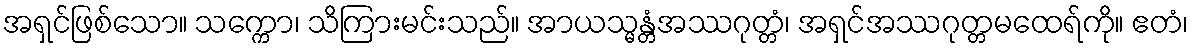
အရှင်ဖြစ်သော။ သက္ကော၊ သိကြားမင်းသည်။ အာယသ္မန္တံအဿဂုတ္တံ၊ အရှင်အဿဂုတ္တမထေရ်ကို။ ဧတံ၊